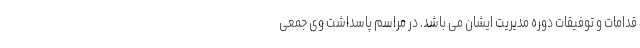
قدامات و توفیقات دوره مدیریت ایشان می باشد. در مراسم پاسداشت وی جمعی